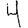
Digit: 4